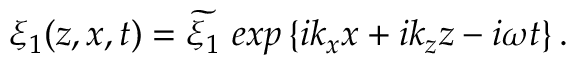
\xi _ { 1 } ( z , x , t ) = \widetilde { \xi _ { 1 } } \ e x p \left\{ i k _ { x } x + i k _ { z } z - i \omega t \right\} .